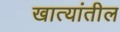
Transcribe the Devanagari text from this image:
खात्यांतील